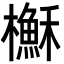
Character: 櫯